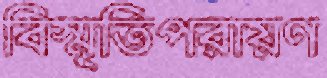
বিস্মৃতিপরায়ণ